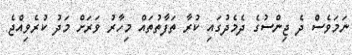
ނަމަވެސް ދެ ޖިންސުގެ ދެމެދުގައި ކުރާ ތަފާތުތައް މިހާރު ވަރަށް މަދު ކުރެވިއްޖެ